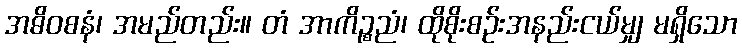
အဓိဝစနံ၊ အမည်တည်း။ တံ အာကိဉ္စညံ၊ ထိုစိုးစဉ်းအနည်းငယ်မျှ မရှိသော